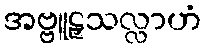
အဗ္ဗူဠှသလ္လာဟံ